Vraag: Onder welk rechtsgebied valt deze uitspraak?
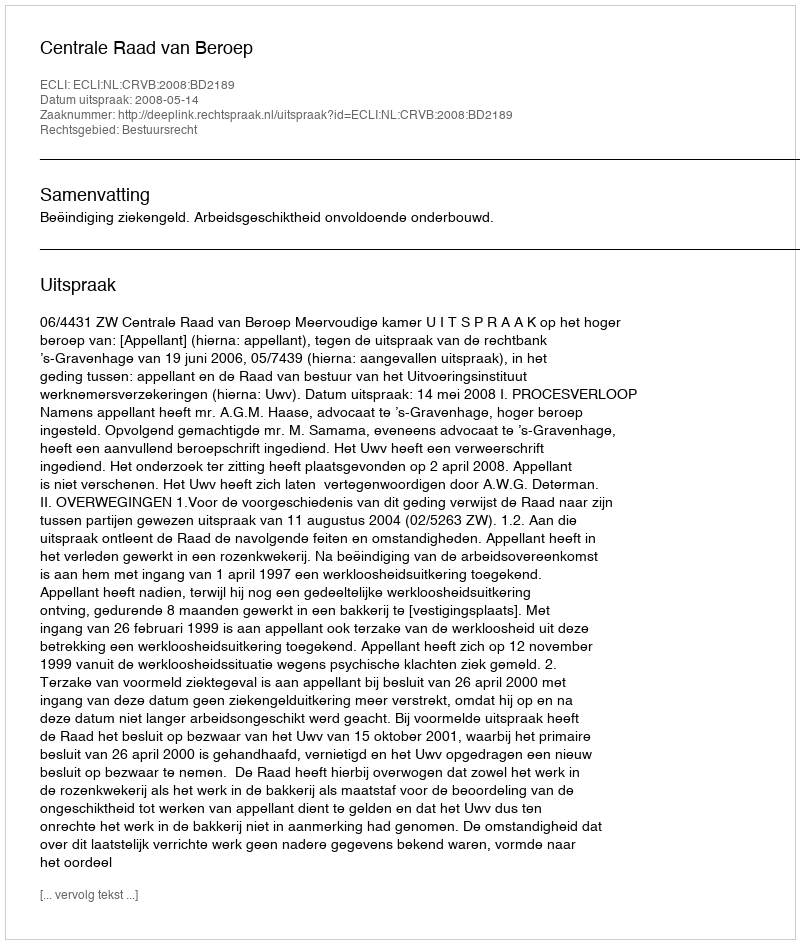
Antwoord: Bestuursrecht